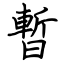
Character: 暫